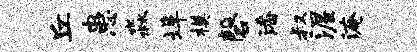
丘患淼埠模磬潘叔渥淹